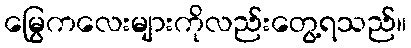
မြွေကလေးများကိုလည်းတွေ့ရသည်။